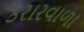
કરારવાળા